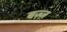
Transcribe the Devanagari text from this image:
बज़्ज़